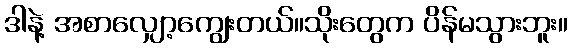
ဒါနဲ့ အစာလျှော့ကျွေးတယ်။သိုးတွေက ပိန်မသွားဘူး။